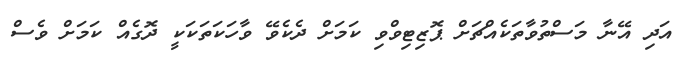
އަދި އޭނާ މަސްތުވާތަކެއްޗަށް ޕޮޒިޓިވްވި ކަމަށް ދެކެވޭ ވާހަކަތަކަކީ ދޮގެއް ކަމަށް ވެސް